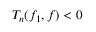
T _ { n } ( f _ { 1 } , f ) < 0